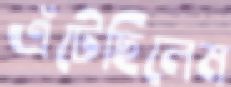
এঁটেছিলেম